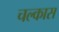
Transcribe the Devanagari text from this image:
चल्कास